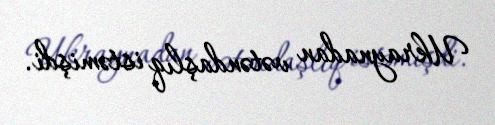
Ukraynadan vətəndaşlıq istəmişdi.